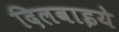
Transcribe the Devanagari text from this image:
दिलवाइये